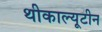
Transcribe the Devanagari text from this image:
थीकाल्यूटीन